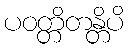
ပဝတ္တိတန္တိပိ